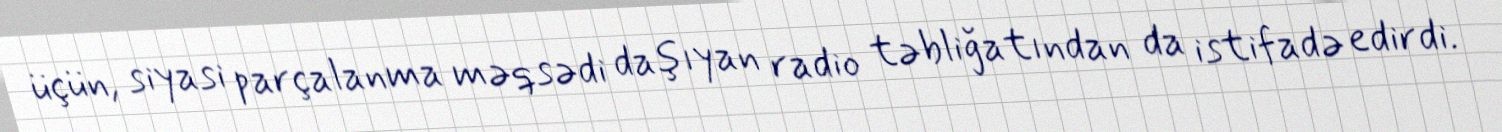
üçün, siyasi parçalanma məqsədi daşıyan radio təbliğatından da istifadə edirdi.